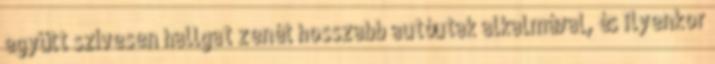
együtt szívesen hallgat zenét hosszabb autóutak alkalmával, és ilyenkor